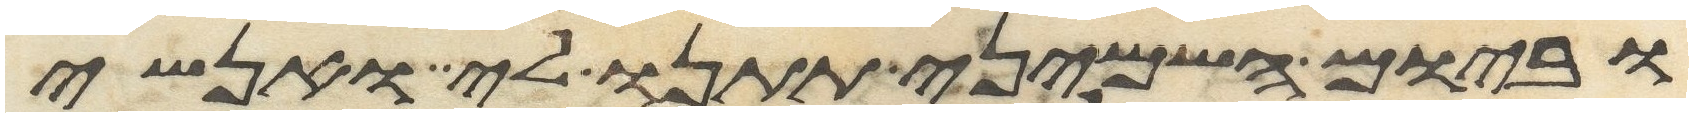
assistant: וביום השמיני תתננו לי ואנשי